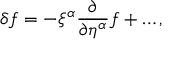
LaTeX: \delta f = - \xi ^ { \alpha } \frac { \partial } { \partial \eta ^ { \alpha } } f + \ldots ,